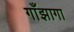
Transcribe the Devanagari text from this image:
गाँझागा